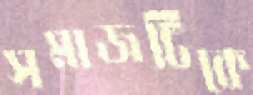
সমাজটিকে